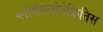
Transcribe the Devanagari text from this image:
ग्लोमेरुलोनेफ्रितिस